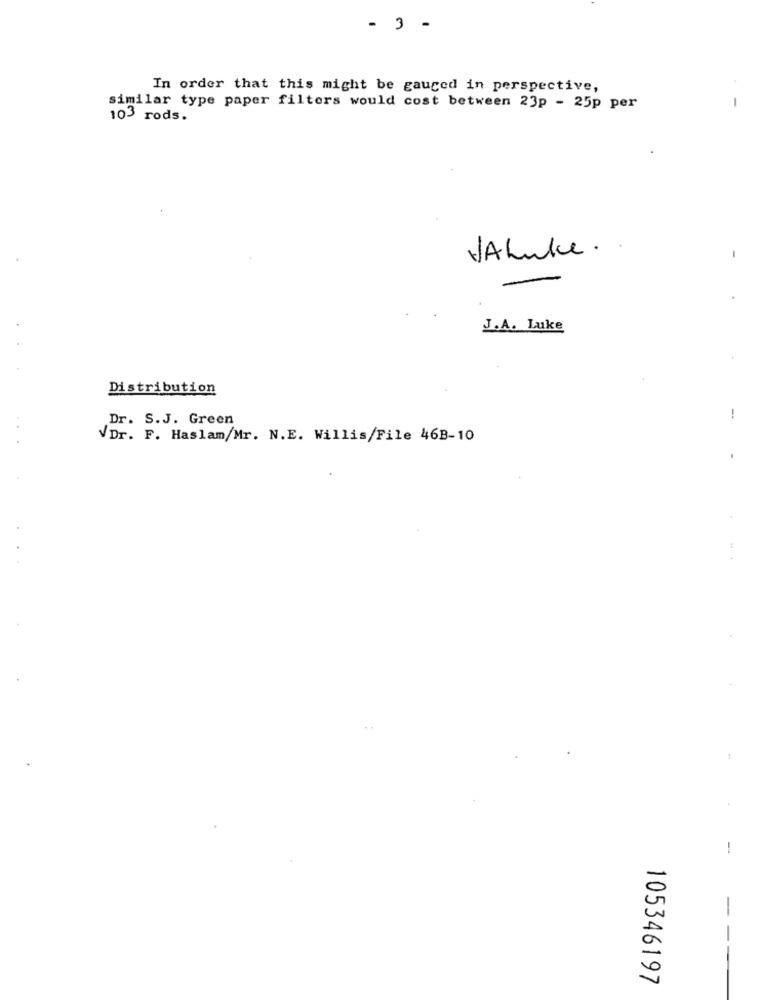
- 3 -
In order that this might be gauged in perspective,
similar type paper filters would cost between 23p - 25p per
103 rods.
VAhuke ..
J.A. Luke
Distribution
Dr. S.J. Green
-
VDr. F. Haslam/Mr. N.E. Willis/File 46B-10
:
-
105346197